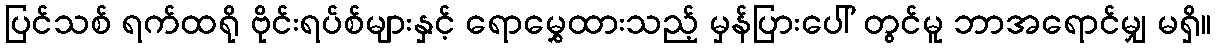
ပြင်သစ် ရက်ထရို ဗိုင်းရပ်စ်များနှင့် ရောမွှေထားသည့် မှန်ပြားပေါ် တွင်မူ ဘာအရောင်မျှ မရှိ။